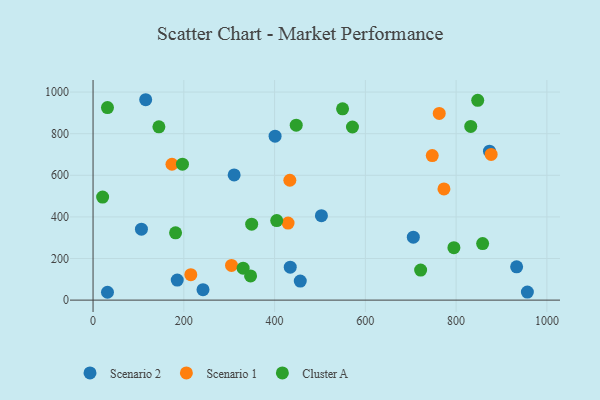
{"axis": {"x": "Price", "y": "Fuel Efficiency"}, "legend": ["Cluster A", "Scenario 1", "Scenario 2"], "data": [{"x": "242.3", "y": 50.0, "type": "Scenario 2"}, {"x": "933.3", "y": 159.8, "type": "Scenario 2"}, {"x": "434.5", "y": 158.2, "type": "Scenario 2"}, {"x": "456.6", "y": 91.4, "type": "Scenario 2"}, {"x": "503.2", "y": 405.9, "type": "Scenario 2"}, {"x": "185.5", "y": 96.1, "type": "Scenario 2"}, {"x": "310.9", "y": 601.7, "type": "Scenario 2"}, {"x": "31.8", "y": 37.7, "type": "Scenario 2"}, {"x": "873.5", "y": 715.9, "type": "Scenario 2"}, {"x": "957.0", "y": 38.7, "type": "Scenario 2"}, {"x": "116.0", "y": 963.2, "type": "Scenario 2"}, {"x": "401.1", "y": 788.0, "type": "Scenario 2"}, {"x": "106.6", "y": 341.1, "type": "Scenario 2"}, {"x": "705.7", "y": 302.6, "type": "Scenario 2"}, {"x": "429.7", "y": 370.3, "type": "Scenario 1"}, {"x": "305.1", "y": 166.6, "type": "Scenario 1"}, {"x": "877.2", "y": 700.2, "type": "Scenario 1"}, {"x": "747.4", "y": 694.9, "type": "Scenario 1"}, {"x": "762.8", "y": 897.5, "type": "Scenario 1"}, {"x": "173.9", "y": 653.1, "type": "Scenario 1"}, {"x": "433.6", "y": 576.2, "type": "Scenario 1"}, {"x": "215.4", "y": 122.1, "type": "Scenario 1"}, {"x": "773.2", "y": 534.4, "type": "Scenario 1"}, {"x": "145.1", "y": 832.8, "type": "Cluster A"}, {"x": "349.5", "y": 365.2, "type": "Cluster A"}, {"x": "858.4", "y": 272.0, "type": "Cluster A"}, {"x": "330.7", "y": 153.5, "type": "Cluster A"}, {"x": "197.0", "y": 653.5, "type": "Cluster A"}, {"x": "181.8", "y": 323.5, "type": "Cluster A"}, {"x": "31.8", "y": 925.7, "type": "Cluster A"}, {"x": "21.1", "y": 495.5, "type": "Cluster A"}, {"x": "571.6", "y": 832.0, "type": "Cluster A"}, {"x": "832.2", "y": 834.9, "type": "Cluster A"}, {"x": "549.8", "y": 919.7, "type": "Cluster A"}, {"x": "847.6", "y": 960.3, "type": "Cluster A"}, {"x": "347.1", "y": 116.3, "type": "Cluster A"}, {"x": "795.1", "y": 252.1, "type": "Cluster A"}, {"x": "404.7", "y": 382.2, "type": "Cluster A"}, {"x": "721.8", "y": 144.6, "type": "Cluster A"}, {"x": "447.7", "y": 841.1, "type": "Cluster A"}]}